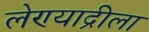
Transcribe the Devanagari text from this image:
लेण्याद्रीला